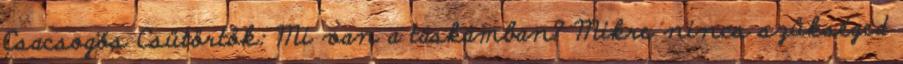
Csacsogós Csütörtök: Mi van a táskámban? Mikre nincs szükséged